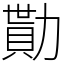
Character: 勩